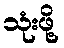
သုံးဖို့